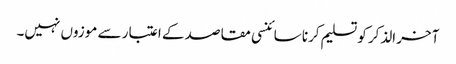
آخر الذکر کو تسلیم کرنا سائنسی مقاصد کے اعتبار سے موزوں نہیں۔